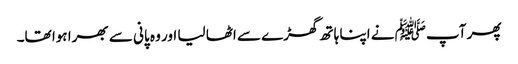
پھر آپﷺ نے اپنا ہاتھ گھڑے سے اٹھا لیا اور وہ پانی سے بھرا ہوا تھا۔